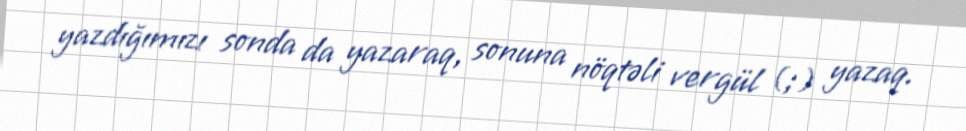
yazdığımızı sonda da yazaraq, sonuna nöqtəli vergül (;) yazaq.